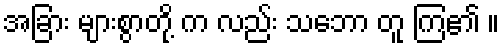
အခြား များစွာတို့ က လည်း သဘော တူ ကြ၏ ။